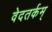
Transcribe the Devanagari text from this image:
वेदतर्कम्